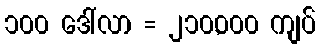
၁၀၀ ဒေါ်လာ = ၂၁၀,၀၀၀ ကျပ်